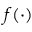
f ( \cdot )